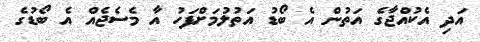
އަދި އެކުއްޖާގެ އަތުން އެ ބޯޑު އަތުލުމަށްފަހު އާ މެސެޖެއް އެ ބޯޑުގެ